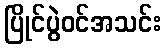
ပြိုင်ပွဲဝင်အသင်း